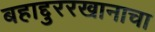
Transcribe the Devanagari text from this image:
बहाद्दुररखानाचा